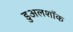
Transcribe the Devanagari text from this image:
डुअलशॉक